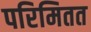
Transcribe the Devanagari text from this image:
परिमितत